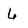
Character: 6